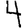
Digit: 4